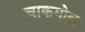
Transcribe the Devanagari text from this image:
चाकमोल